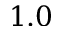
1 . 0